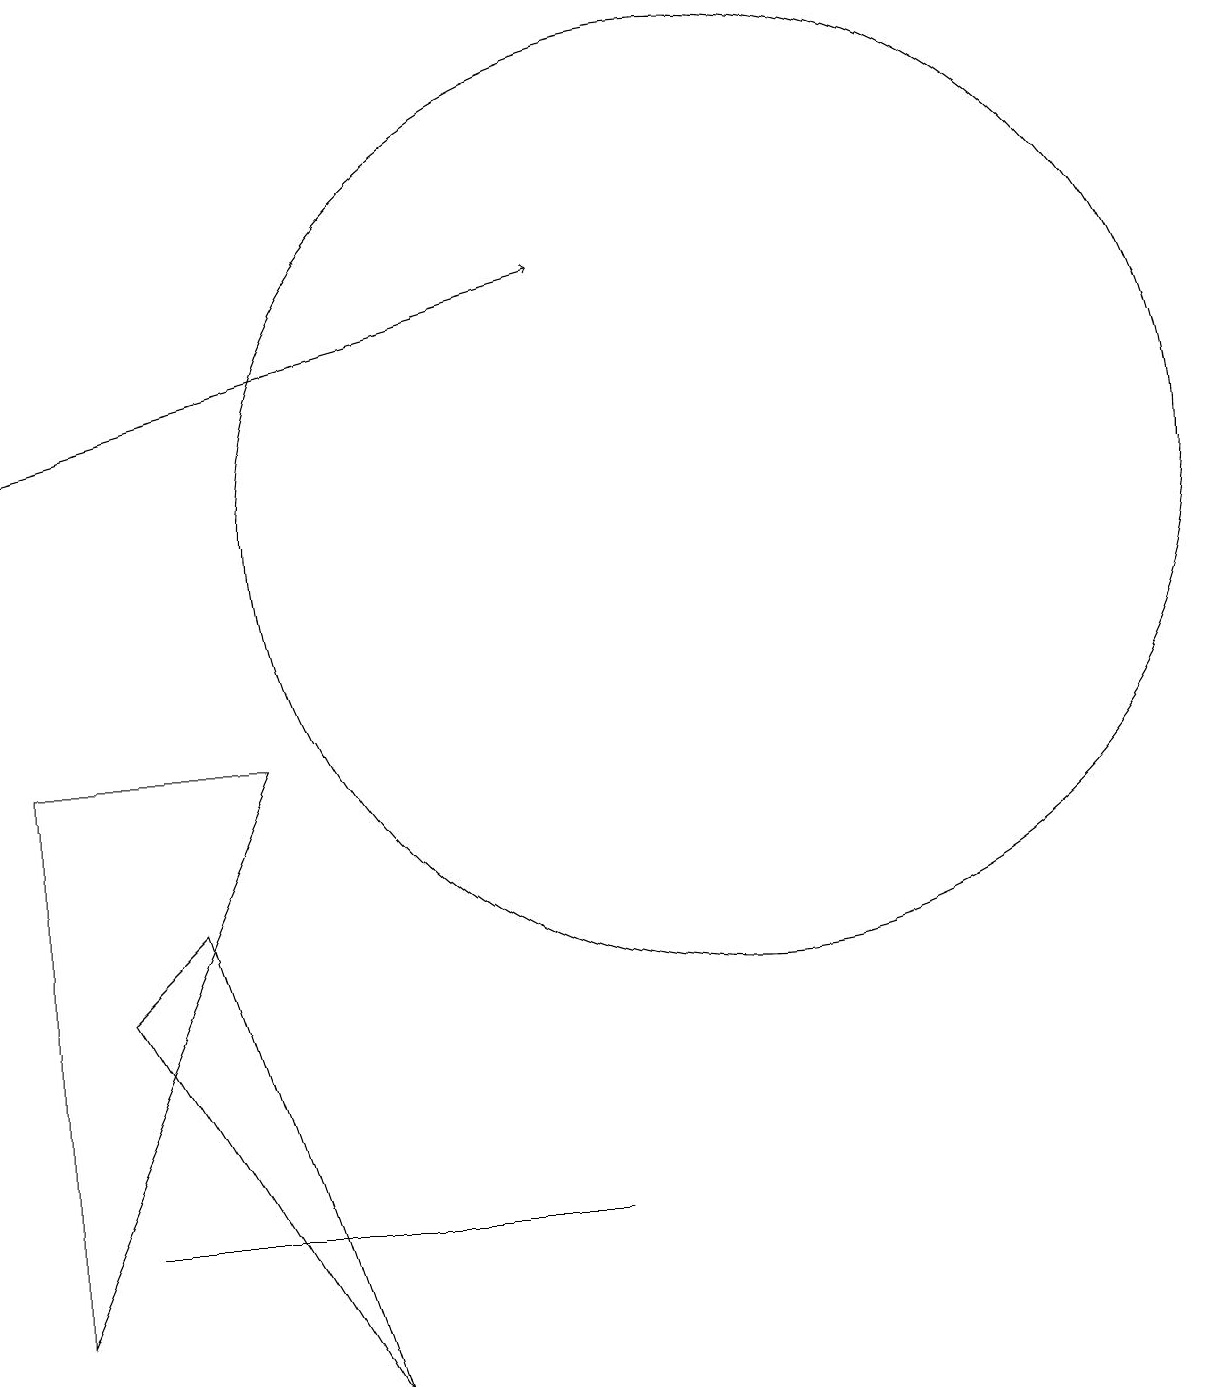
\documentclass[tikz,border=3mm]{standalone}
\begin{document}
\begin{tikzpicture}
\draw (1,9) -- (1,2) -- (4,9) -- cycle;
\draw (8,3) -- (7,3) -- (2,3) -- cycle;
\draw (5,1) -- (3,7) -- (2,6) -- cycle;
\draw[->] (1,13) -- (8,15);
\draw (10,12) circle (6);
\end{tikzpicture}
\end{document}